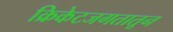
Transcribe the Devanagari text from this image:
क्रिकेटजगतातून